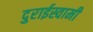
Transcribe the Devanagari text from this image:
दुराईस्वामी